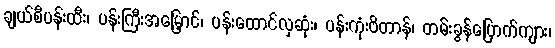
ချယ်စီပန်းထီး၊ ပန်းကြီးအမြှောင်၊ ပန်းထောင်လှဆုံး၊ ပန်းကုံးဗိတာန်၊ တမ်းခွန်ပြောက်ကျား၊